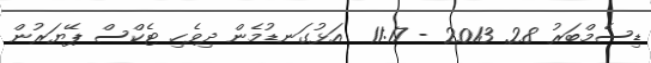
ޑިސެމްބަރު 28